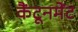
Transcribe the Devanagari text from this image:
कैंटूनमेंट